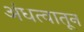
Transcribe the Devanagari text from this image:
अंधत्वातून